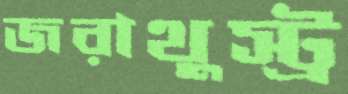
জরাথুস্ট্র